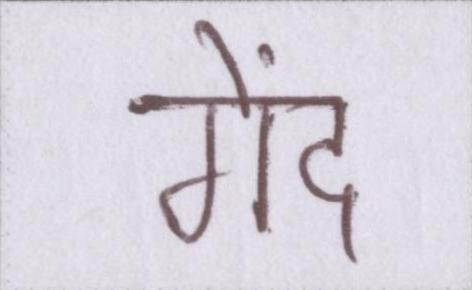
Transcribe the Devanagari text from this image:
गेंद